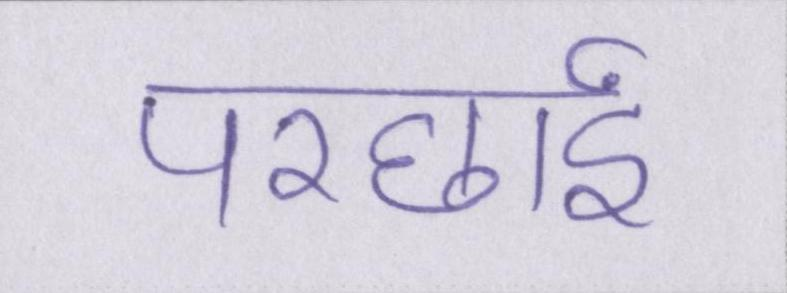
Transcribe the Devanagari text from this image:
परछाईं